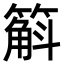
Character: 䈸